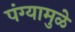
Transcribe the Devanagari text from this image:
पंग्यामुळे